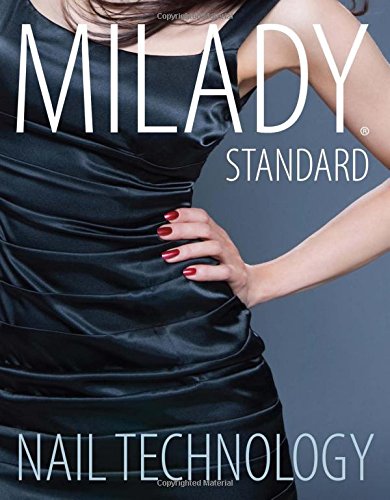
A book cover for Milady Standard Nail Technology; Milady; Arts & Photography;